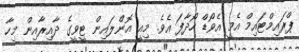
ޕްރައިމްޓައިމް އެމީ އެވޯޑް ހޯދާފަ އެވެ. މިއީ އޮންލައިން ޓީވީގެ ދާއިރާއިން މިހާ